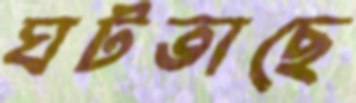
ঘটতাছে